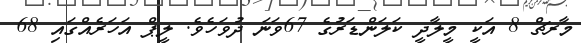
މާރޗް 8 އަކީ މީލާދީ ކަލަންޑަރުގެ 67ވަނަ ދުވަހެވެ. ލީޕް އަހަރެއްގައި 68